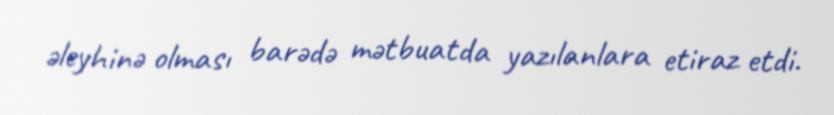
əleyhinə olması barədə mətbuatda yazılanlara etiraz etdi.